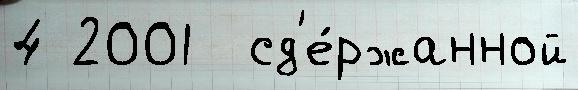
4 2001  сд'е́ржанной